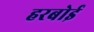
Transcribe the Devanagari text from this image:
हरबोई